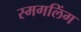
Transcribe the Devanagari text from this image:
स्मगलिंग